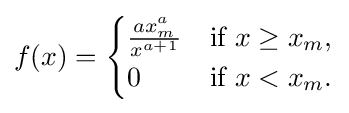
f(x)={\begin{cases}{\frac {ax_{m}^{a}}{x^{a+1}}}&{\text{if }}x\geq x_{m},\\0&{\text{if }}x<x_{m}.\end{cases}}